Report on plague in the Punjab from October 1st ... to September 30th ..., being the ... season of plague in the province
Disease focus: Plague
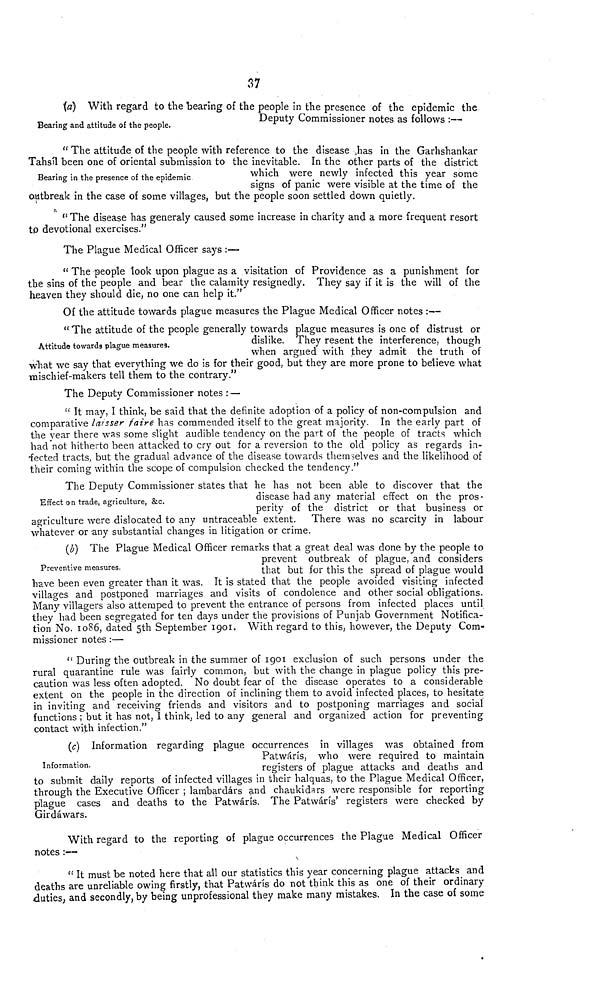
Bearing and attitude of the people.
(a) With regard to the bearing of the people in the presence of the epidemic the
Deputy Commissioner notes as follows :—
Bearing in the presence of the epidemic
" The attitude of the people with reference to the disease has in the Garhshankar
Tahsil been one of oriental submission to the inevitable. In the other parts of the district
which were newly infected this year some
signs of panic were visible at the time of the
outbreak in the case of some villages, but the people soon settled down quietly.
" The disease has generaly caused some increase in charity and a more frequent resort
to devotional exercises."
The Plague Medical Officer says :—
" The people look upon plague as a visitation of Providence as a punishment for
the sins of the people and bear the calamity resignedly. They say if it is the will of the
heaven they should die, no one can help it."
Of the attitude towards plague measures the Plague Medical Officer notes :--
Attitude towards plague measures.
" The attitude of the people generally towards plague measures is one of distrust or
dislike. They resent the interference, though
when argued with they admit the truth of
what we say that everything we do is for their good, but they are more prone to believe what
mischief-makers tell them to the contrary."
The Deputy Commissioner notes : —
" It may, I think, be said that the definite adoption of a policy of non-compulsion and
comparative laisser faire has commended itself to the great majority. In the early part of
the year there was some slight audible tendency on the part of the people of tracts which
had not hitherto been attacked to cry out for a reversion to the old policy as regards in-
fected tracts, but the gradual advance of the disease towards themselves and the likelihood of
their coming within the scope of compulsion checked the tendency."
The Deputy Commissioner states that he has not been able to discover that the
Effect on trade, agriculture, &c.
disease had any material effect on the pros-
perity of the district or that business or
agriculture were dislocated to any untraceable extent. There was no scarcity in labour
whatever or any substantial changes in litigation or crime.
Preventive measures.
(b) The Plague Medical Officer remarks that a great deal was done by the people to
prevent outbreak or plague, and considers
that but for this the spread of plague would
have been even greater than it was. It is stated that the people avoided visiting infected
villages and postponed marriages and visits of condolence and other social obligations.
Many villagers also attemped to prevent the entrance of persons from infected places until
they had been segregated for ten days under the provisions of Punjab Government Notifica-
tion No. 1086, dated 5th September 1901. With regard to this, however, the Deputy Com-
missioner notes :—
" During the outbreak in the summer of 1901 exclusion of such persons under the
rural quarantine rule was fairly common, but with the change in plague policy this pre-
caution was less often adopted. No doubt fear of the disease operates to a considerable
extent on the people in the direction of inclining them to avoid infected places, to hesitate
in inviting and receiving friends and visitors and to postponing marriages and social
functions ; but it has not, I think, led to any general and organized action for preventing
contact with infection."
Information.
(c) Information regarding plague occurrences in villages was obtained from
Patwárís, who were required to maintain
registers of plague attacks and deaths and
to submit daily reports of infected villages in their halquas, to the Plague Medical Officer,
through the Executive Officer ; lambardárs and chaukidars were responsible for reporting
plague cases and deaths to the Patwárís. The Patwárís' registers were checked by
Girdáwars.
With regard to the reporting of plague occurrences the Plague Medical Officer
notes :—
" It must be noted here that all our statistics this year concerning plague attacks and
deaths are unreliable owing firstly, that Patwárís do not think this as one of their ordinary
duties, and secondly, by being unprofessional they make many mistakes. In the case of some